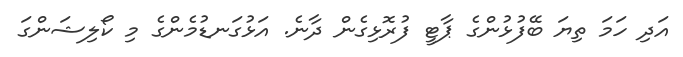
އަދި ހަމަ ތިޔަ ބޭފުޅުންގެ ޕާޓީ ފުރޮޅިގެން ދާނެ. އަޅުގަނޑުމެންގެ މި ކޯލިޝަންގަ